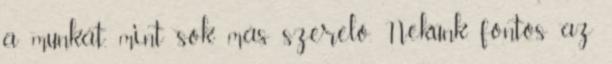
a munkát, mint sok más szerelő. Nekünk fontos az